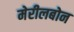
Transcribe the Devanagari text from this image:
मेरीलबोन